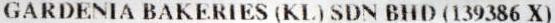
GARDENIA BAKERIES (KL) SDN BHD (139386 X)